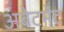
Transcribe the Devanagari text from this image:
अबेटमेंट